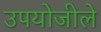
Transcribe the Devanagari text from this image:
उपयोजीले